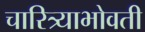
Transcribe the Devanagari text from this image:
चारित्र्याभोवती